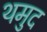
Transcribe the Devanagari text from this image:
थमुद